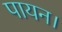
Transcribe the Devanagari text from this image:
पायन।